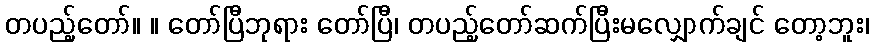
တပည့်တော်။ ။ တော်ပြီဘုရား တော်ပြီ၊ တပည့်တော်ဆက်ပြီးမလျှောက်ချင် တော့ဘူး၊